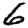
Digit: 6